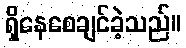
ရှိနေစေချင်ခဲ့သည်။